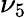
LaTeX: \nu_{5}